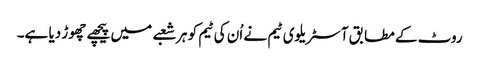
روٹ کے مطابق آسٹریلوی ٹیم نے اُن کی ٹیم کو ہر شعبے میں پیچھے چھوڑ دیا ہے۔